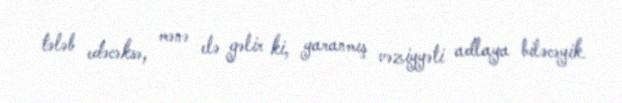
tələb edəcəksə, mənə elə gəlir ki, yaranmış vəziyyəti adlaya biləcəyik.